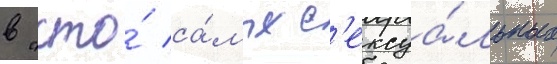
в "сто́ са́мых с'ексуа́льных